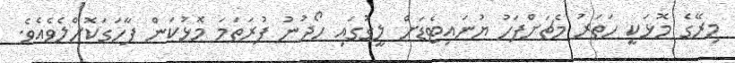
މިރޭގެ މޮޅަކީ ހަތަރު މެޗަށްފަހު ޔުނައިޓެޑަށް ލީގުގައި ހޯދުނު ފުރަތަމަ މޮޅުކަން ފާހަގަކޮށްލެވެއެވެ.